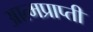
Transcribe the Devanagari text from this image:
आत्मप्राप्ती